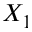
X _ { 1 }